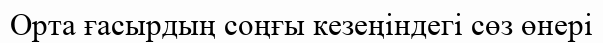
Орта ғасырдың соңғы кезеңіндегі сөз өнері